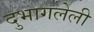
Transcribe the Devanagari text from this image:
दुभागलेली